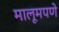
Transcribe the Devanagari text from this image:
मालूमपणे